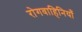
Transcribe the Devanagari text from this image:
रोगवाहिनियाँ